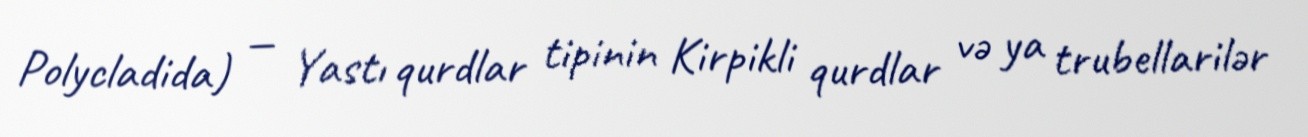
Polycladida) — Yastı qurdlar tipinin Kirpikli qurdlar və ya trubellarilər